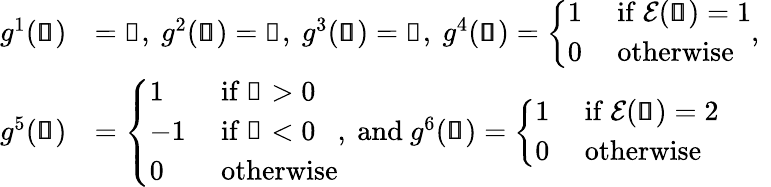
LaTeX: \begin{array}{rl}{g^{1}(\pmb{\mathscr{s}})}&{=\mathscr{x}\mathrm{,~}g^{2}(\pmb{\mathscr{s}})=\mathscr{y}\mathrm{,~}g^{3}(\pmb{\mathscr{s}})=\mathscr{z}\mathrm{,~}g^{4}(\pmb{\mathscr{s}})=\left\{ \begin{array}{ll}{1}&{\mathrm{~if~}\mathcal{E}(\pmb{\mathscr{s}})=1}\\ {0}&{\mathrm{~otherwise~}}\end{array}\right.\mathrm{,~}}\\ {g^{5}(\pmb{\mathscr{s}})}&{=\left\{ \begin{array}{ll}{1}&{\mathrm{~if~}\mathscr{x}>0}\\ {-1}&{\mathrm{~if~}\mathscr{x}<0}\\ {0}&{\mathrm{~otherwise}}\end{array}\right.\mathrm{,~and~}g^{6}(\pmb{\mathscr{s}})=\left\{ \begin{array}{ll}{1}&{\mathrm{~if~}\mathcal{E}(\pmb{\mathscr{s}})=2}\\ {0}&{\mathrm{~otherwise~}}\end{array}\right.}\end{array}